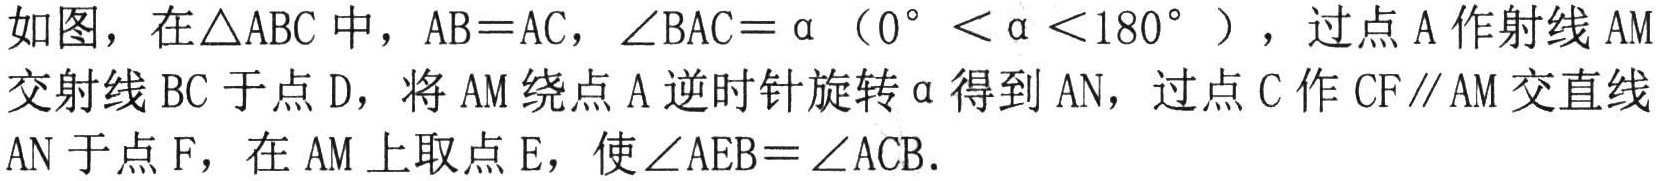
如图，在\(\triangle ABC\)中，\(AB = AC\)，\(\angle BAC=\alpha\)（\(0^{\circ}<\alpha<180^{\circ}\)），过点\(A\)作射线\(AM\)交射线\(BC\)于点\(D\)，将\(AM\)绕点\(A\)逆时针旋转\(\alpha\)得到\(AN\)，过点\(C\)作\(CF\parallel AM\)交直线\(AN\)于点\(F\)，在\(AM\)上取点\(E\)，使\(\angle AEB = \angle ACB\).